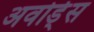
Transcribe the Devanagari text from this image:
अवोर्ड्स